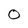
Character: 0